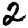
Digit: 2